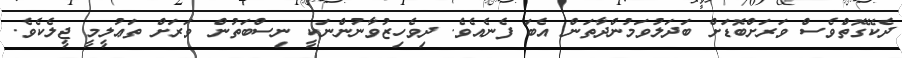
ދެކޭގޮތްވެސް ވަރަށްބޮޑަށް ބަދަލުވަމުންދާތަން އެބަ ފެނެއެވެ. ދިވެހިޒުވާނުންނަކީ ނިސްބަތުން ވަރަށް ތަޢުލީމީ ޖީލެކެވެ.